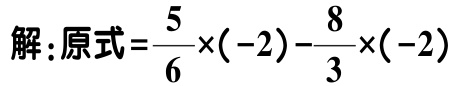
解：原式\(=\dfrac{5}{6}\times(-2)-\dfrac{8}{3}\times(-2)\)